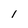
Character: I